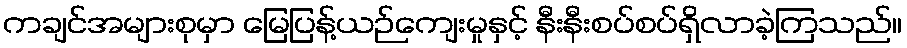
ကချင်အများစုမှာ မြေပြန့်ယဉ်ကျေးမှုနှင့် နီးနီးစပ်စပ်ရှိလာခဲ့ကြသည်။